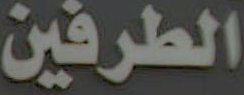
الطرفين